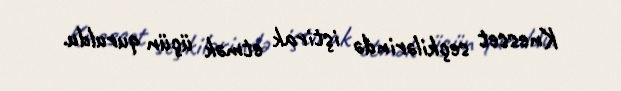
Knesset seçkilərində iştirak etmək üçün quruldu.